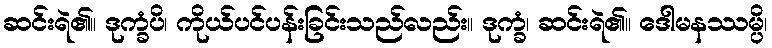
ဆင်းရဲ၏။ ဒုက္ခံပိ၊ ကိုယ်ပင်ပန်းခြင်းသည်လည်း။ ဒုက္ခံ၊ ဆင်းရဲ၏။ ဒေါမနဿမ္ပိ၊